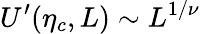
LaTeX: U^{\prime}(\eta_{c},L)\sim L^{1/\nu}